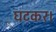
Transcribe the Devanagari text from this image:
घटकर।